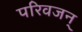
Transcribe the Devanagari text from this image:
परिवजन्